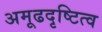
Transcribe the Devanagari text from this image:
अमूढदृष्टित्व